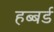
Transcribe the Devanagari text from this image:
हब्बर्ड